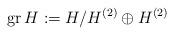
LaTeX: \begin{align*}{\rm gr}\, H:= H/H^{(2)} \oplus H^{(2)}\end{align*}